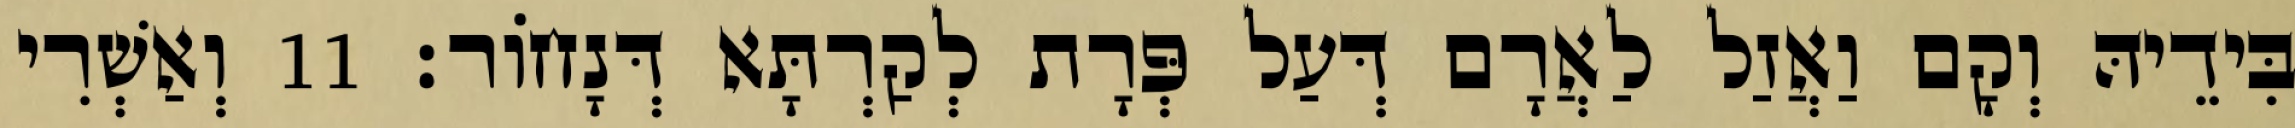
בִּידֵיהּ וְקָם וַאֲזַל לַאֲרָם דְּעַל פְּרָת לְקַרְתָּא דְּנָחוֹר׃ 11 וְאַשְׁרִי